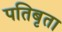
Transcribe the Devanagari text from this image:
पतिबृता